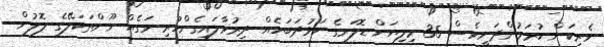
ވެރިކަން ކުރަމުންދަނީވެސް 35 މިލިޔަން ޑޮލަރގެ ކަޅުދަބަހެއް ދިރުވާލައިގެންހުރި ވަގެއް ނޫންތަކަލޭގެ ލޮލުން